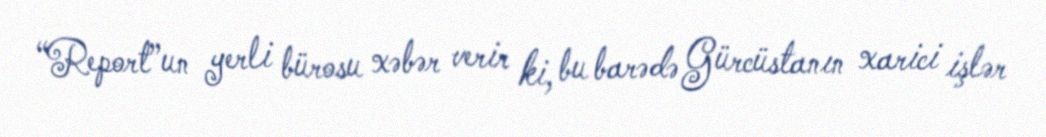
“Report”un yerli bürosu xəbər verir ki, bu barədə Gürcüstanın xarici işlər